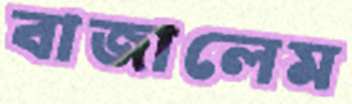
বাজালেম